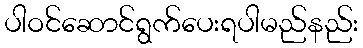
ပါဝင်ဆောင်ရွက်ပေးရပါမည်နည်း